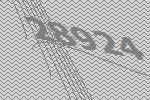
28924